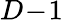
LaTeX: D\! -\! 1